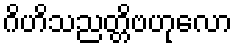
ဂိဟိသညတ္တိဗဟုလော